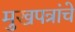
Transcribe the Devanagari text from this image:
मुखपत्रांचे